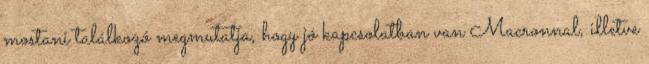
mostani találkozó megmutatja, hogy jó kapcsolatban van Macronnal, illetve